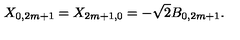
X _ { 0 , 2 m + 1 } = X _ { 2 m + 1 , 0 } = - \sqrt { 2 } B _ { 0 , 2 m + 1 } .